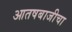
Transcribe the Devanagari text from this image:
आतषबाजीचा